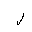
Letter: _lam